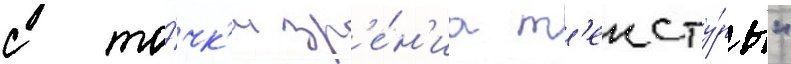
с то́чк'и зр'е́н'иа т'ексту́ры"